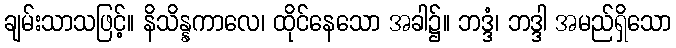
ချမ်းသာသဖြင့်။ နိသိန္နကာလေ၊ ထိုင်နေသော အခါ၌။ ဘဒ္ဒံ၊ ဘဒ္ဒါ အမည်ရှိသော